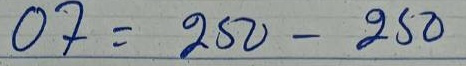
07 = 250 -250